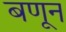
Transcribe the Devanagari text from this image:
बणून